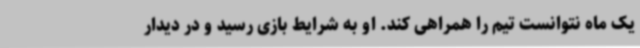
یک ماه نتوانست تیم را همراهی کند. او به شرایط بازی رسید و در دیدار